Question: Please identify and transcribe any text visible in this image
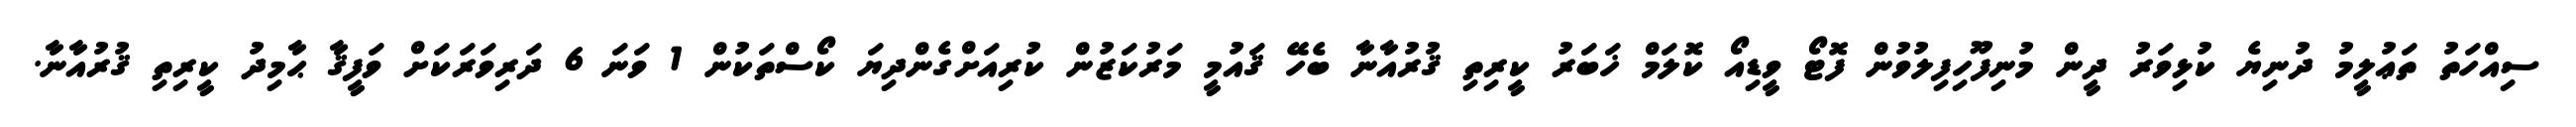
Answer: ސިއްހަތު ތަޢުލީމު ދުނިޔެ ކުޅިވަރު ދީން މުނިފޫހިފިލުވުން ފޮޓޯ ވީޑިއޯ ކޮލަމް ޚަބަރު ކީރިތި ޤުރުއާނާ ބެހޭ ޤައުމީ މަރުކަޒުން ކުރިއަށްގެންދިޔަ ކޯސްތަކުން 1 ވަނަ 6 ދަރިވަރަކަށް ވަފީޤާ ޙާމިދު ކީރިތި ޤުރުއާނާ.